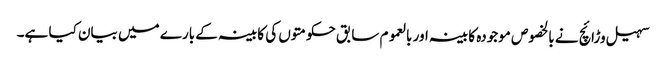
سہیل وڑائچ نے بالخصوص موجودہ کابینہ اور بالعموم سابق حکومتوں کی کابینہ کے بارے میں بیان کیا ہے۔